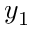
y _ { 1 }